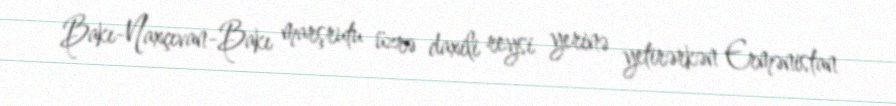
Bakı-Naxçıvan-Bakı marşrutu üzrə daxili reysi yerinə yetirərkən Ermənistan